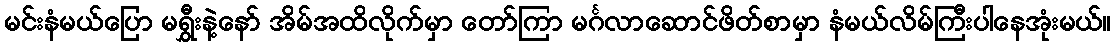
မင်းနံမယ်ပြော မရွှီးနဲ့နော် အိမ်အထိလိုက်မှာ တော်ကြာ မင်္ဂလာဆောင်ဖိတ်စာမှာ နံမယ်လိမ်ကြီးပါနေအုံးမယ်။